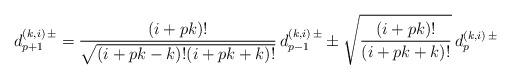
LaTeX: \begin{align*}d^{(k,i)\, \pm}_{p+1} = \frac{(i+pk)!}{\sqrt{(i+pk-k)! (i+pk+k)!}}\, d^{(k, i)\, \pm}_{p-1} \pm \sqrt{\frac{(i+pk)!}{(i+pk+k)!}}\, d^{(k, i)\, \pm}_{p}\end{align*}